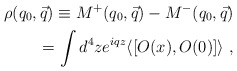
\begin{align*}\rho(q_0,\vec{q}) \equiv M^+(q_0,\vec{q}) - M^-(q_0,\vec{q}) \\= \int d^4 z e^{iqz} \langle [O (x), O(0) ] \rangle~,\end{align*}